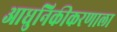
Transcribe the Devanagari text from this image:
आधुनिकीकरणाला